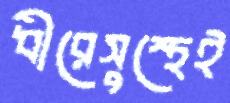
ধীরেসুস্থেই